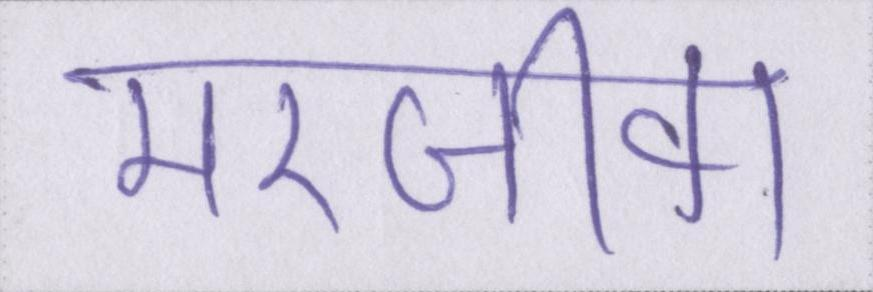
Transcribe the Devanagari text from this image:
मरजीवा